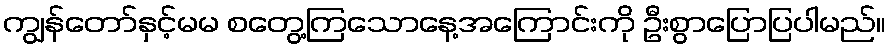
ကျွန်တော်နှင့်မမ စတွေ့ကြသောနေ့အကြောင်းကို ဦးစွာပြောပြပါမည်။